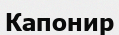
Капонир